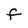
Character: F